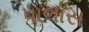
પાલાસ